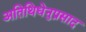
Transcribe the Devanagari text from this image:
अतिथिधेनुप्रसाद